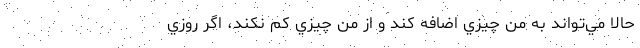
حالا مي‌تواند به من چيزي اضافه كند و از من چيزي كم نكند، اگر روزي